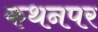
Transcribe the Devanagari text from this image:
कथनपर